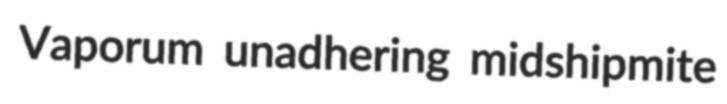
Vaporum unadhering midshipmite